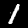
Digit: 1